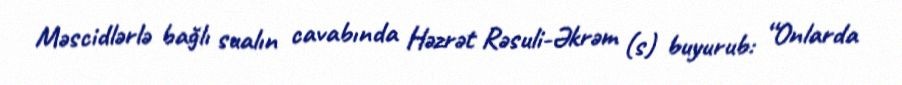
Məscidlərlə bağlı sualın cavabında Həzrət Rəsuli-Əkrəm (s) buyurub: “Onlarda